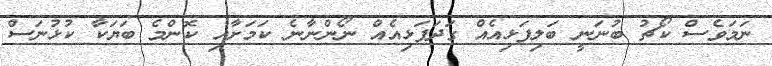
ނަމަވެސް ކޯޗު ބުނަނީ ބަލިފަޅިއެއް ގަދަފަޅިއެއް ނޯންނާނެ ކަމަށާއި ކޮންމެ ބަޔަކާ ކުޅުނަސް